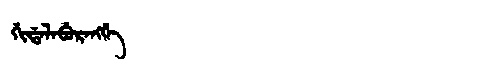
Manchu: ᡤᡳᡩᠠᠯᠠᠪᡠᡵᠠᠩᡤᡝ
Romanization: GIDALABURANGGE